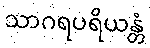
သာဂရပရိယန္တံ